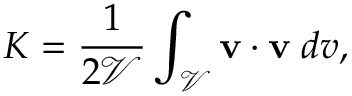
K = \frac { 1 } { 2 { \mathcal V } } \int _ { \mathcal V } { \mathbf { v } } \cdot { \mathbf { v } } \; d v ,